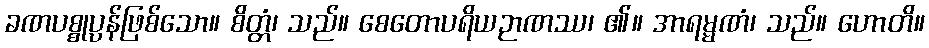
ခဏပစ္စုပ္ပန်ဖြစ်သော။ စိတ္တံ၊ သည်။ စေတောပရိယဉာဏဿ၊ ၏။ အာရမ္မဏံ၊ သည်။ ဟောတိ။